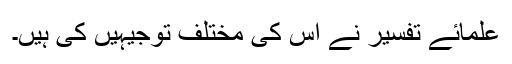
علمائے تفسیر نے اس کی مختلف توجیہیں کی ہیں۔